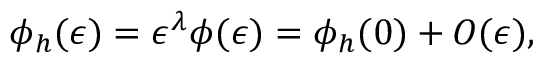
\phi _ { h } ( \epsilon ) = \epsilon ^ { \lambda } \phi ( \epsilon ) = \phi _ { h } ( 0 ) + { \cal O } ( \epsilon ) ,